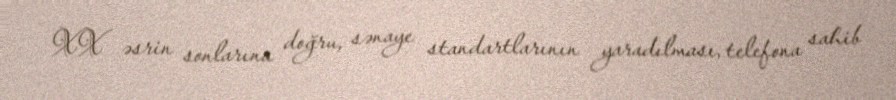
XX əsrin sonlarına doğru, sənaye standartlarının yaradılması, telefona sahib